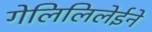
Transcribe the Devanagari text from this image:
गेलिलिलेईने